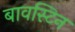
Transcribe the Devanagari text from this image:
बावस्टिन